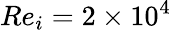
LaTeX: Re_{i}=2\times 10^{4}